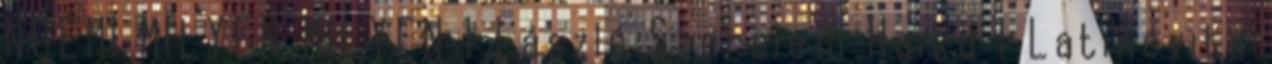
NOÉMI MILYEN MILYEN 1 László Szerelem Haiku 1 Latinovits